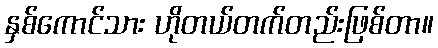
နှစ်ကောင်သား ဟိုတယ်တက်တည်းဖြစ်တာ။